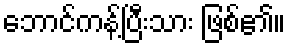
ဘောင်ကန့်ပြီးသား ဖြစ်၏။